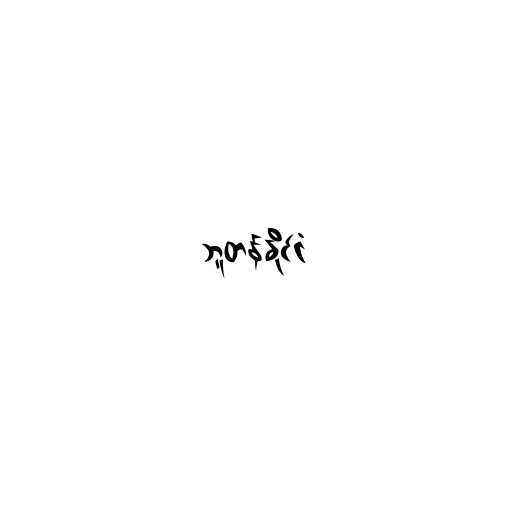
ဘူတန်နိုင်ငံ